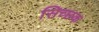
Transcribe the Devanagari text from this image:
सिच्‍छक